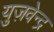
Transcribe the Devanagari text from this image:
युज़वेन्द्र